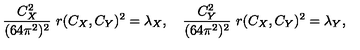
{ \frac { C _ { X } ^ { 2 } } { ( 6 4 \pi ^ { 2 } ) ^ { 2 } } } \ r ( C _ { X } , C _ { Y } ) ^ { 2 } = \lambda _ { X } , \quad { \frac { C _ { Y } ^ { 2 } } { ( 6 4 \pi ^ { 2 } ) ^ { 2 } } } \ r ( C _ { X } , C _ { Y } ) ^ { 2 } = \lambda _ { Y } ,